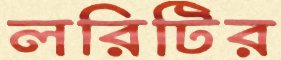
লরিটির